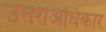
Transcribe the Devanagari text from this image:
उत्तराअधिकार